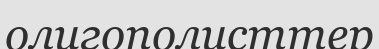
олигополисттер